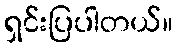
ရှင်းပြပါတယ်။